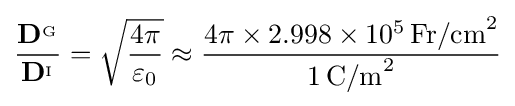
{\frac {\mathbf {D} ^{_{\mathrm {G} }}}{\mathbf {D} ^{_{\mathrm {I} }}}}={\sqrt {\frac {4\pi }{\varepsilon _{0}}}}\approx {\frac {4\pi \times 2.998\times 10^{5}\,\mathrm {Fr/cm} ^{2}}{1\,\mathrm {C/m} ^{2}}}